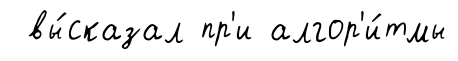
вы́сказал пр'и алгор'и́тмы